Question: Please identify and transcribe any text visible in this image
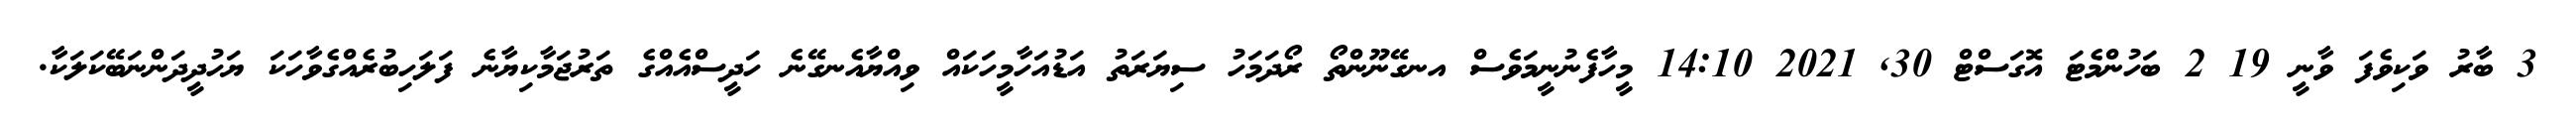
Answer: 3 ބާރު ވަކިވެފަ ވާނީ 19 2 ބަހުންމެޓަ އޮގަސްޓް 30, 2021 14:10 މީހާފެނުނީމަވެސް އނގޭނޫންތޯ ރޯދަމަހު ސިޔަރަތު އަޑުއަހާމީހަކައް ވިއްޔާއެނގޭނެ ހަދީސްއެއްގެ ތަރުޖަމާކިޔާނެ ފަލަހިބުރެއްގެވާހަކަ ޔަހުދީދަންނަބޭކަލަކާ.